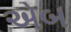
એબ